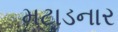
મટાડનાર